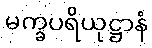
မက္ခပရိယုဋ္ဌာနံ